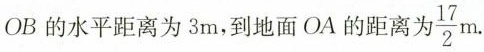
OB的水平距离为3m，到地面OA的距离为 \frac{17}{2}m.